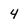
Character: 4